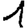
Digit: 1